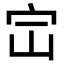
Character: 𪧅